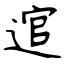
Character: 逭